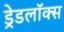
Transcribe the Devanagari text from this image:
ड्रेडलॉक्स